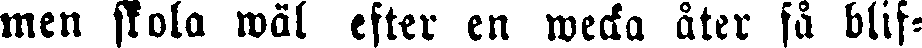
men skola wäl efter en wecka åter få blif-